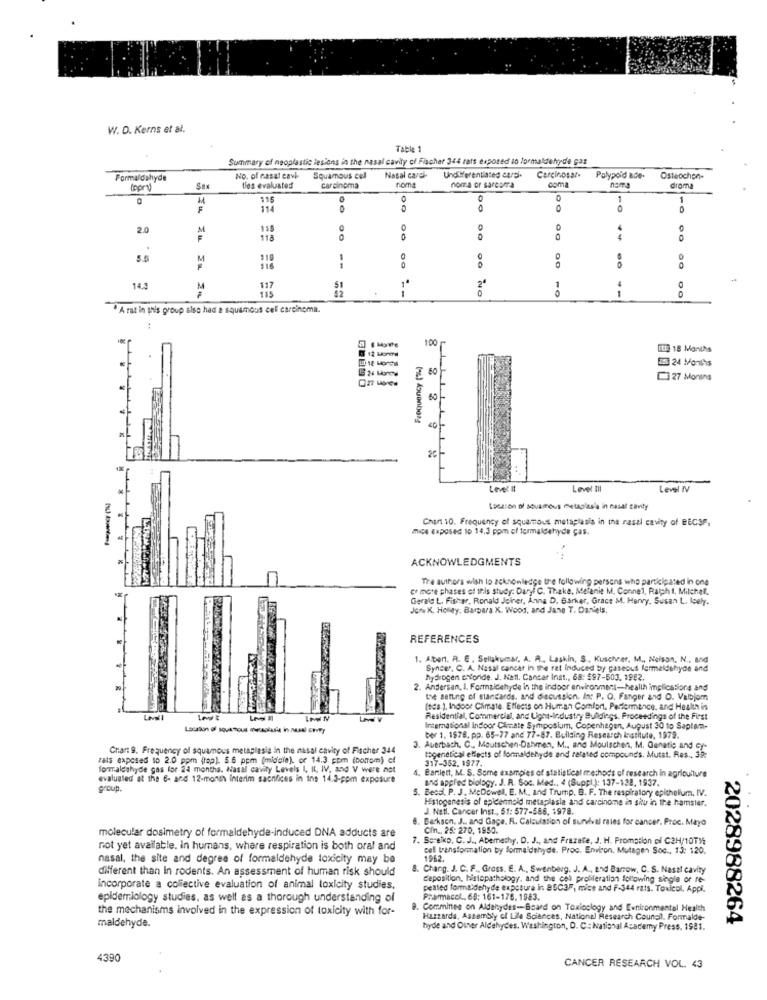
W. D. Kerns et al.
Table 1
Summary of neoplastic lesions in the nasal cavity of Fischer 344 rats exposed to formaldehyde gaz
Formaldehyde
No. of nasal cavk-
Squamous cell
Nasal carol-
noms
UndWerentiated card.
noma or sarcoma
Carcinosar-
coma
Polypo'd ade-
nama
Osteochon-
(ppry)
St
t'es evaluated
Carcinoma
droma
M
116
1
1
F
00
0
2.0
135
118
0
0
Eu Zu
5.5
M
119
116
--
0
1
14.3
117
42
51
0
--
A rat in this group also had a squamous cell carcinoma.
100
ITE 18 Months
5 24 Months
[27 Moning
(es) douonborg
26
Level III
Level IV
2
Lacason of sovamous metaplasia in nasal cavity
Chant 10. Frequency of squamous metaplasia in the rasal cavity of BECSF.
mice Exposed to 14,3 ppm of formaldehyde ças.
ACKNOWLEDGMENTS
The authors wish to acknowledge the following persons who participated in one
ce mote phases of this study: Daryl C. Theke, Melanie M. Connel, Ralph I, Milchal.
Gerald L. Fisher, Ronald Jeiner, Anna D. Barker, Grace M. Hervy, Susan L. Icely.
Jone K, Holley. Barbara K. Wood, and Jane T. Daniels,
REFERENCES
1. Aber. R. E . Sellakumar, A. A .. Laskin, S ., Kuscher, M ., Nelson, N .. and
Syncer, C. A. Nasal cancer in the rat induced by gaseous formaldehyde and
hydrogen eroride. J. Natl. Cancer Inst ., 68: 597-603, 1982.
Andersen, I. Formaldehyde in the indoor environment-health implications and
the setting of standards, and discussion. In: P. O. Fanger and O. Valbjom
(eds.), Indoor Climate. Effects on Human Comlon, Performance, and Health in
Residential, Commercial, and Ught-Industry Buildings. Proceedings of the First
International Indoor Climate Symposium, Copenhagen, August 30 to Saptam-
ber 1. 1578, pp. 65-77 and 77-87. Building Research Institute, 1979.
Cran 9. Frequency of squamous metaplasia in the nasal cavity of Fischer 344
3. Auerbach. C ., Moutschen-Dahmen, M ., and Moulschen, M. Genetic and cr-
rats exposed to 2.0 ppm (fap). 5.6 ppm (middle), or 14.3 com (bottom) of
317-352. 1977.
togenetical effects of formaldehyde and related compounds. Mutat. Res ., 32:
formaldehyde gas for 24 months. Nasal cavity Levels I, IL, IV, and V were not
4. Barlett, M. S. Some examples of statistical methods of research in agriculture
evaluated at the 6- and 12-month Interim sacrifices in Ine 14.3-ppm exposure
and applied biology. J. R. Soc. Med ., 4 (Suppl ): 137-138, 1937.
group.
Becdi, P. J. McDowel, E. M ., and Trump. B. F. The respiratory epithelium. IV.
Mistogenesis of epidennold metaplasia and carcinome in shu in the hamster.
J. Natl. Cancer Inst ., 51: 577-566, 1978.
6. Barkscn. J ., and Gaça. R. Calculation of survival rates for cancer. Proc. Mayo
molecular dosimetry of formaldehyde-induced DNA adducts are
Cin ., 25: 270, 1950.
7. Soreiko, C.J ., Abemethy. D. J ., and Frazete, J. H. Promotion of C2H/10Th
not yet available. In humans, where respiration is both oral and
cell transformation by formaldehyde. Proc. Environ, Mutagen Soc ., 13: 120.
nasal, the site and degree of formaldehyde toxicity may be
1962.
different than In rodents. An assessment of human risk should
8. Charg. J. C. F ., Gross. E. A ., Swenberg. J. A ., and Barrow, C. S. Nasal cavity
Ceposition, histopathology, and the cel proliferation following single or re-
incorporate a collective evaluation of animal toxicity studies,
peated formaldehyde exposure in 85C3F, mice and F-344 rats. Toxicol. Appl.
epidemiology studies, as well as a thorough understanding of
Pramacel ., 69: 161-176. 1983.
the mechanisms involved in the expression of toxicity with for-
9. Commines on Aldehydes-Board on Toxicology and Evnironmental Health
Hazzards, Assembly of Life Sciences, National Research Council. Formalde-
2028988264
maldehyde.
hyde and Other Aldehydes. Washington, D. C .: National Academy Press, 1981.
4390
CANCER RESEARCH VOL. 43